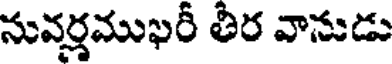
నువర్లముఖరీ తీర వానుడు